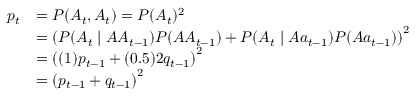
{ \begin{array} { r l } { p _ { t } } & { = P ( A _ { t } , A _ { t } ) = P ( A _ { t } ) ^ { 2 } } \\ & { = \left( P ( A _ { t } \mid A A _ { t - 1 } ) P ( A A _ { t - 1 } ) + P ( A _ { t } \mid A a _ { t - 1 } ) P ( A a _ { t - 1 } ) \right) ^ { 2 } } \\ & { = \left( ( 1 ) p _ { t - 1 } + ( 0 . 5 ) 2 q _ { t - 1 } \right) ^ { 2 } } \\ & { = \left( p _ { t - 1 } + q _ { t - 1 } \right) ^ { 2 } } \end{array} }